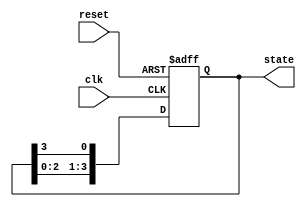
module ring_counter #(
    parameter N = 4  // Parameter for number of memory blocks (states)
)(
    input wire clk,         // Clock signal
    input wire reset,       // Asynchronous reset signal
    output reg [N-1:0] state // Output state of the ring counter
);

// Internal signal to hold the next state
reg [N-1:0] next_state;

// Always block to handle state transitions
always @(posedge clk or posedge reset) begin
    if (reset) begin
        // On reset, initialize the first memory block to '1' and others to '0'
        state <= 1'b1 << 0; // Only the first bit is '1' (0001 for N=4)
    end else begin
        // Update state on clock edge
        state <= next_state;
    end
end

// Always block to compute next state
always @(*) begin
    // Determine the next state by shifting the '1' to the next block
    next_state = {state[N-2:0], state[N-1]}; // Shift the state circularly
end

endmodule